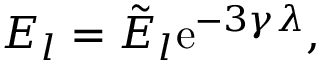
E _ { l } = \tilde { E } _ { l } \mathrm { e } ^ { - 3 \gamma \lambda } ,